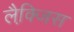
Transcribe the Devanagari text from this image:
लैक्जि़स